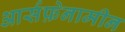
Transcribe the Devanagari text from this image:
आर्सफ़ेनामीन